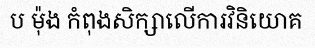
ប ម៉ុង កំពុងសិក្សាលើការវិនិយោគ